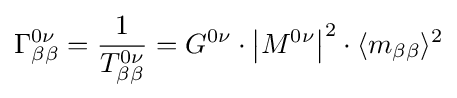
\Gamma _{\beta \beta }^{0\nu }={\frac {1}{T_{\beta \beta }^{0\nu }}}=G^{0\nu }\cdot \left|M^{0\nu }\right|^{2}\cdot \langle m_{\beta \beta }\rangle ^{2}